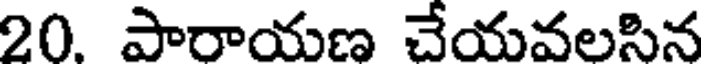
20. పారాయణ చేయవలసిన